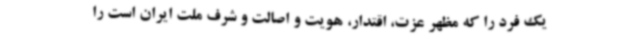
یک فرد را که مظهر عزت، اقتدار، هویت و اصالت و شرف ملت ایران است را